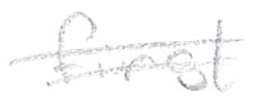
Text: first
Cross-out: double-line
Writing tool: pencil